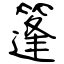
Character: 篷